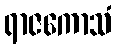
ရာဇကောသံ